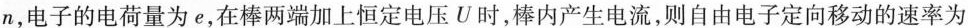
n，电子的电荷量为e，在棒两端加上恒定电压U时，棒内产生电流，则自由电子定向移动的速率为